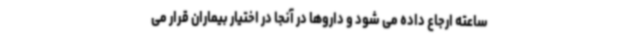
ساعته ارجاع داده می شود و داروها در آنجا در اختیار بیماران قرار می